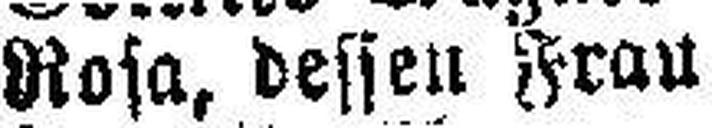
Rosa, dessen Frau